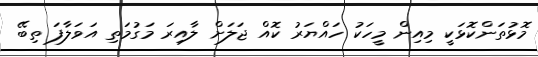
މޮޅުތަންކޮޅަކީ މިއިން މީހަކު ހައްޔަރު ކޮއް ޖަލަށް ލާއިރަ މަގުމަތި އަވަލާފަ ތިބޭ